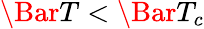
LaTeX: \Bar{T}<\Bar{T}_{c}